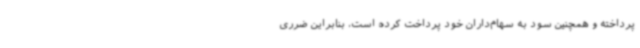
پرداخته و همچنین سود به سهام‌داران خود پرداخت کرده است، بنابراین ضرری